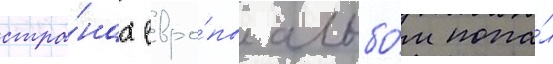
стра́нах евро́пы альбо́м попа́л